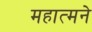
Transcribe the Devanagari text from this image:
महात्मने